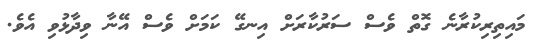
މައިތިރިކުރާނެ ގޮތް ވެސް ސަރުކާރަށް އިނގޭ ކަމަށް ވެސް އޭނާ ވިދާޅުވި އެވެ.